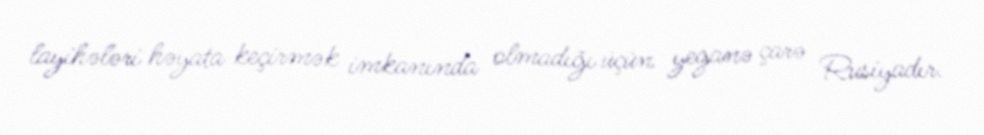
layihələri həyata keçirmək imkanında olmadığı üçün yeganə çarə Rusiyadır.